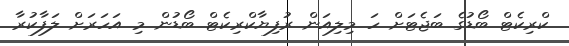
ކްރިކެޓް ބޯޑުގެ ބަޖެޓަށް ހަ މިލިއަން ރުފިޔާކްރިކެޓް ބޯޑުން މި އަހަރަށް ލަފާކުރާ